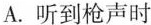
A.听到枪声时